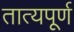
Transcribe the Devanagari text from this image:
तात्यपूर्ण